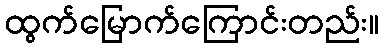
ထွက်မြောက်ကြောင်းတည်း။